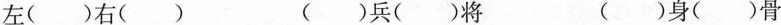
左()右() ()兵()将 ()身()骨